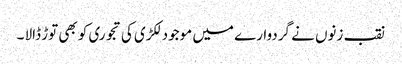
نقب زنوں نے گردوارے میں موجود لکڑی کی تجوری کو بھی توڑ ڈالا ۔